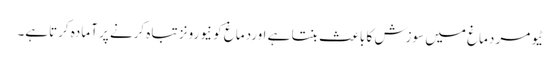
ٹیومر دماغ میں سوزش کا باعث بنتا ہے اوردماغ کو نیورونز تباہ کرنے پر آمادہ کرتاہے۔